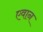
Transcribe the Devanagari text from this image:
एवान